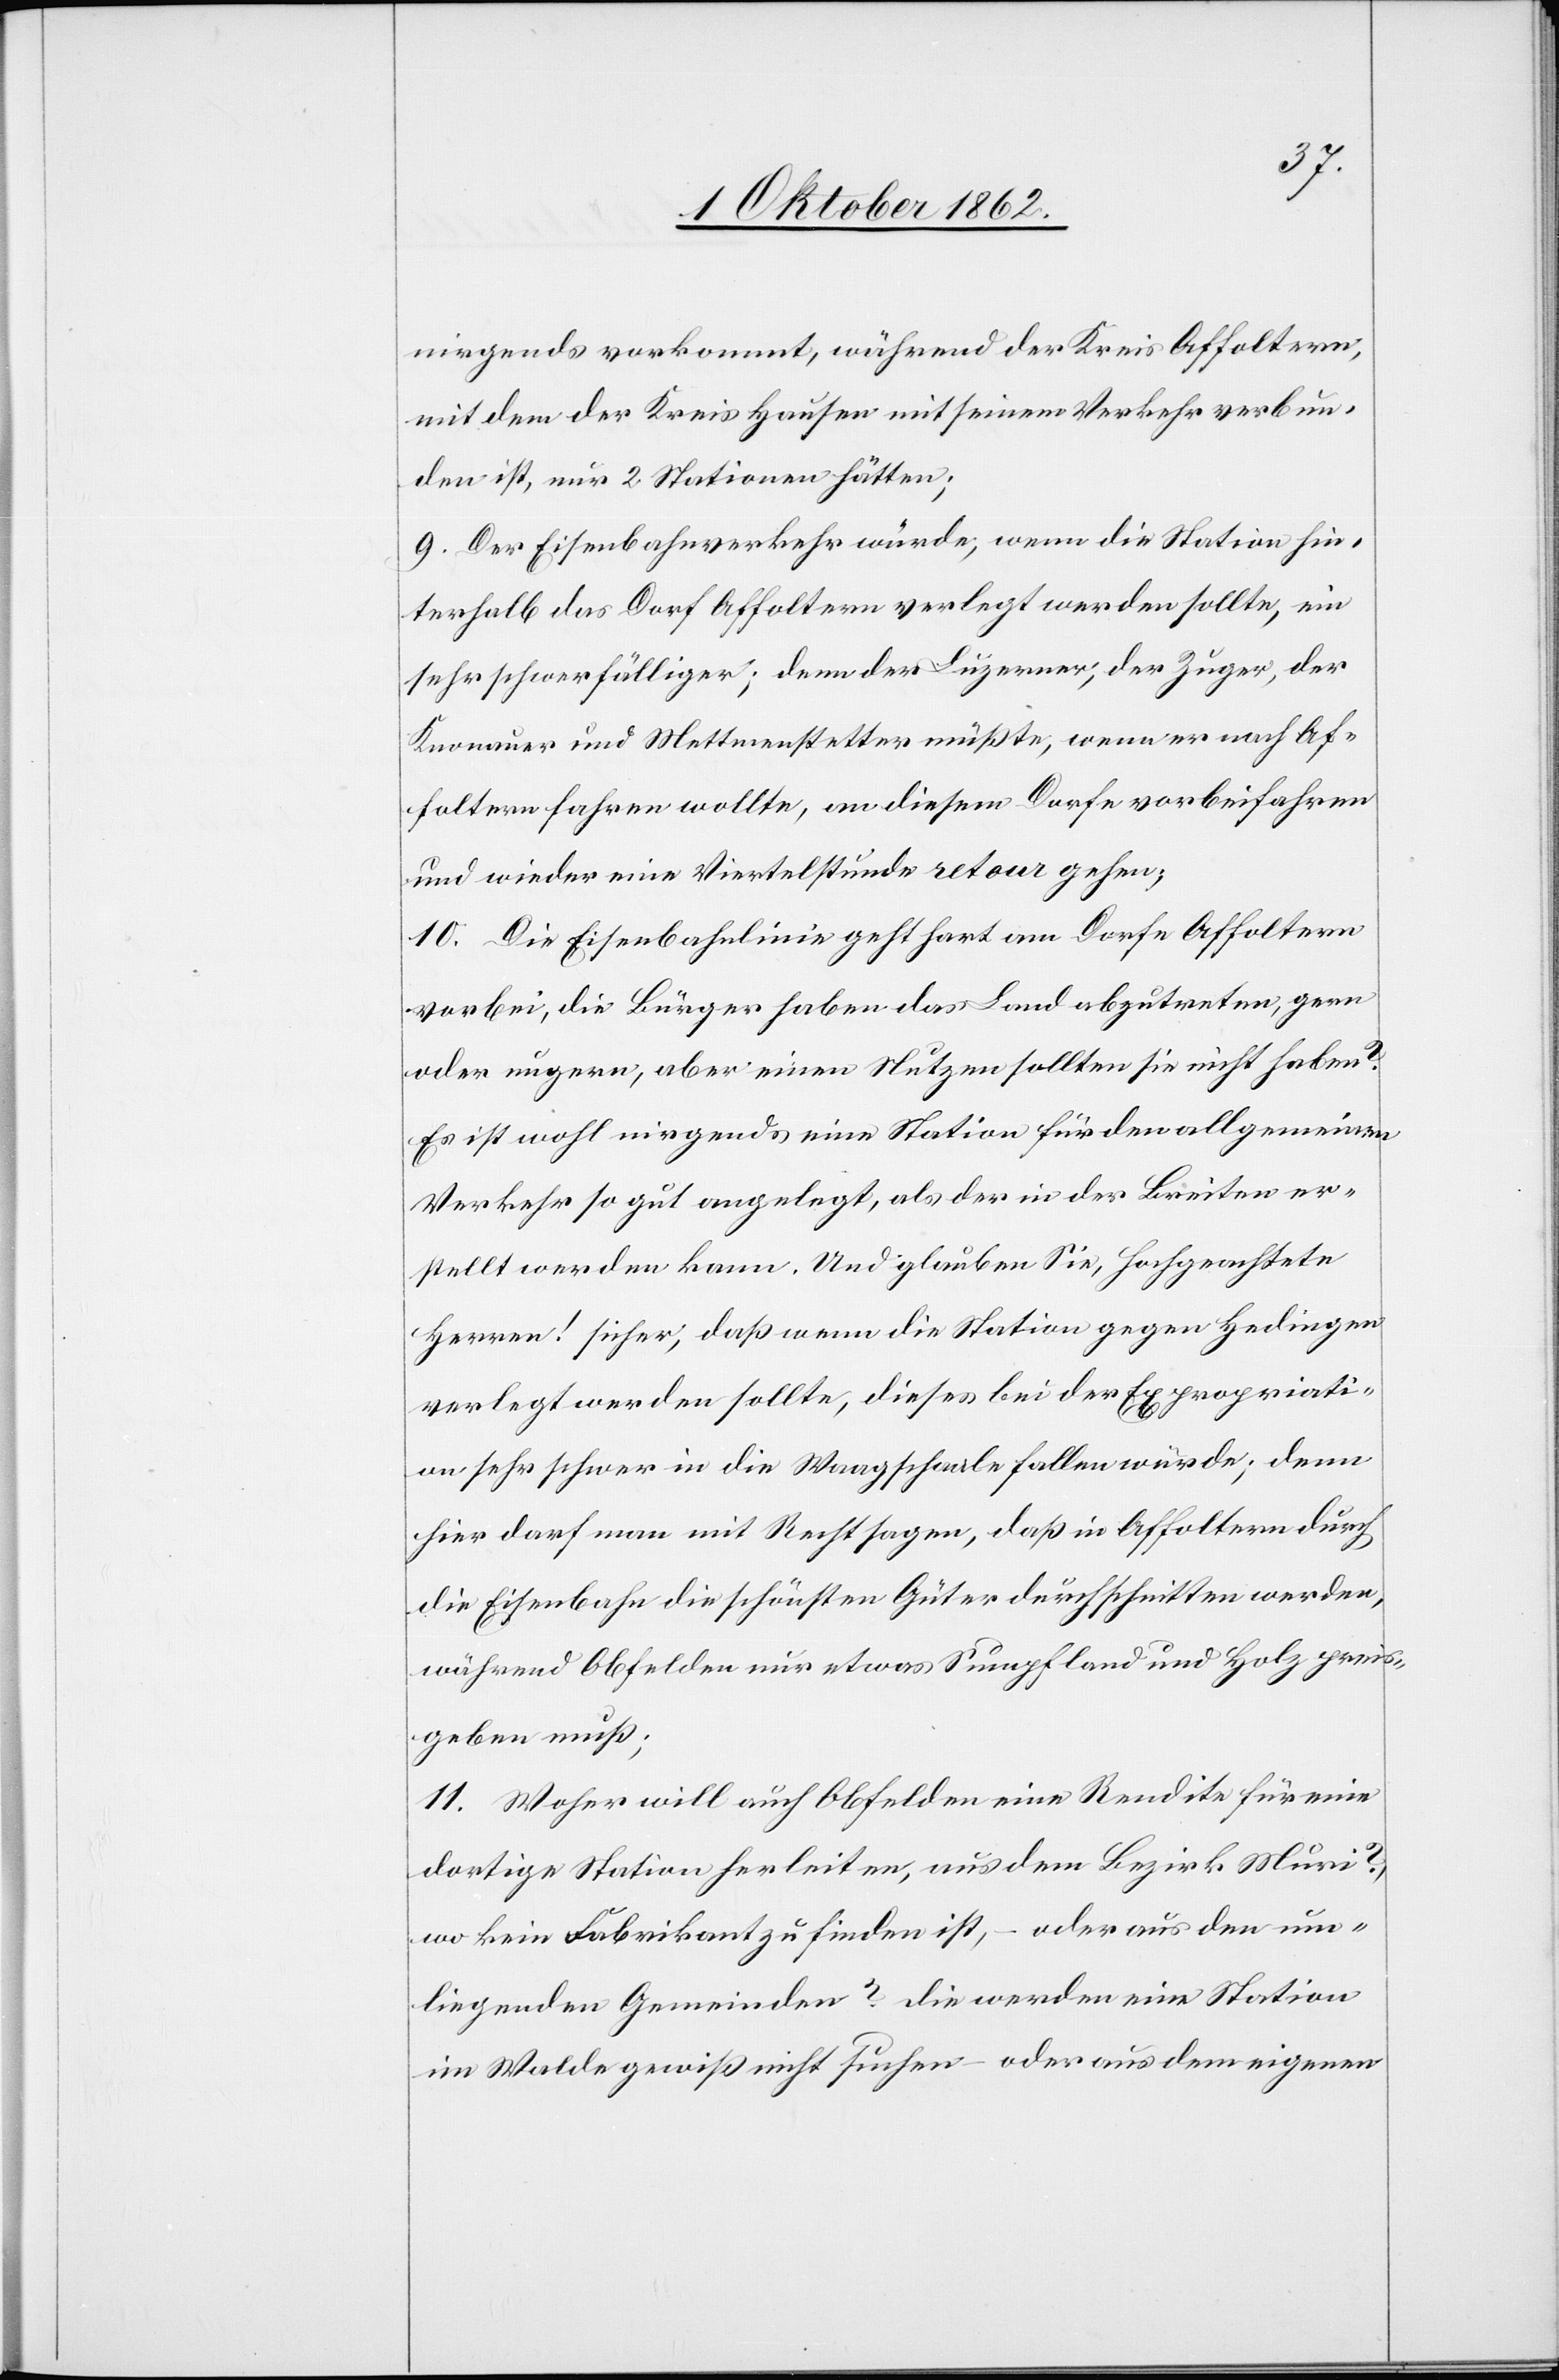
nirgends vorkommt, während der Kreis Affoltern,
mit dem der Kreis Hausen mit seinem Verkehr verbun¬
den ist, nur 2. Stationen hätten;
9. Der Eisenbahnverkehr würde, wenn die Station hin¬
terhalb das Dorf Affoltern verlegt werden sollte, ein
sehr schwerfälliger; denn der Luzerner, der Zuger, der
Knonauer und Mettmenstetter müßte, wenn er nach Af¬
foltern fahren wollte, an diesem Dorfe vorbeifahren
und wieder eine Viertelstunde retour gehen;
10. Die Eisenbahnlinie geht hart am Dorfe Affoltern
vorbei, die Bürger haben das Land abzutreten, gern
oder ungern, aber einen Nutzen sollten sie nicht haben?
Es ist wohl nirgends eine Station für den allgemeinen
Verkehr so gut angelegt, als der in der Breiten er¬
stellt werden kann. Und glauben Sie, hochgeachtete
Herren! sicher, daß wenn die Station gegen Hedingen
verlegt werden sollte, dieses bei der Expropritai¬
on sehr schwer in die Waagschaale fallen würde; denn
hier darf man mit Recht sagen, daß in Affoltern durch
die Eisenbahn die schönsten Güter durchschnitten werden,
während Obfelden nur etwas Sumpfland und Holz preis¬
geben muß;
11. Woher will auch Obfelden eine Rendite für eine
dortige Station herleiten, aus dem Bezirk Muri?
wo kein Fabrikant zu finden ist, – oder aus den um¬
liegenden Gemeinden? Die werden eine Station
im Walde gewiß nicht suchen – oder aus dem eigenen